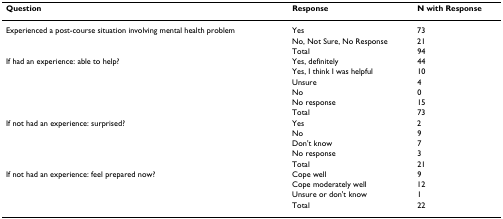
| Question | Response | N with Response |
 | --- | --- | --- |
 | Experienced a post-course situation involving mental health problem | Yes | 73 |
 |  | No, Not Sure, No Response | 21 |
 |  | Total | 94 |
 | If had an experience: able to help? | Yes, definitely | 44 |
 |  | Yes, I think I was helpful | 10 |
 |  | Unsure | 4 |
 |  | No | 0 |
 |  | No response | 15 |
 |  | Total | 73 |
 | If not had an experience: surprised? | Yes | 2 |
 |  | No | 9 |
 |  | Don't know | 7 |
 |  | No response | 3 |
 |  | Total | 21 |
 | If not had an experience: feel prepared now? | Cope well | 9 |
 |  | Cope moderately well | 12 |
 |  | Unsure or don't know | 1 |
 |  | Total | 22 |